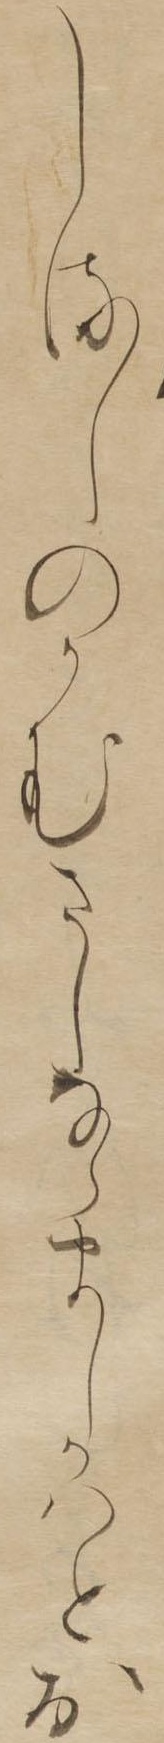
しるしのかむさしならましかはとお